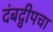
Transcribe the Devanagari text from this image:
दंबद्वीपचा